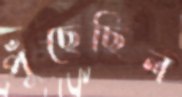
পুঁছেছিল